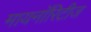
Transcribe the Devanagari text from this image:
मायनाॅरिटीज